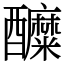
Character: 醾